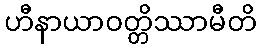
ဟီနာယာဝတ္တိဿာမီတိ